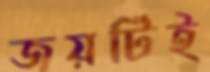
জয়টিই